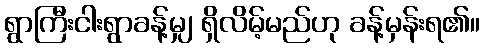
ရွာကြီးငါးရွာခန့်မျှ ရှိလိမ့်မည်ဟု ခန့်မှန်းရ၏။